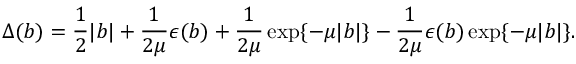
\Delta ( b ) = \frac { 1 } { 2 } \vert b \vert + \frac { 1 } { 2 \mu } \epsilon ( b ) + \frac { 1 } { 2 \mu } \exp \{ - \mu \vert b \vert \} - \frac { 1 } { 2 \mu } \epsilon ( b ) \exp \{ - \mu \vert b \vert \} .